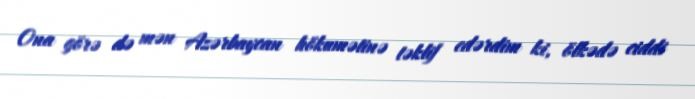
Ona görə də mən Azərbaycan hökumətinə təklif edərdim ki, ölkədə ciddi